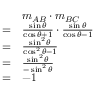
{ \begin{array} { r l } & { m _ { A B } \cdot m _ { B C } } \\ { = } & { { \frac { \sin \theta } { \cos \theta + 1 } } \cdot { \frac { \sin \theta } { \cos \theta - 1 } } } \\ { = } & { { \frac { \sin ^ { 2 } \theta } { \cos ^ { 2 } \theta - 1 } } } \\ { = } & { { \frac { \sin ^ { 2 } \theta } { - \sin ^ { 2 } \theta } } } \\ { = } & { { - 1 } } \end{array} }